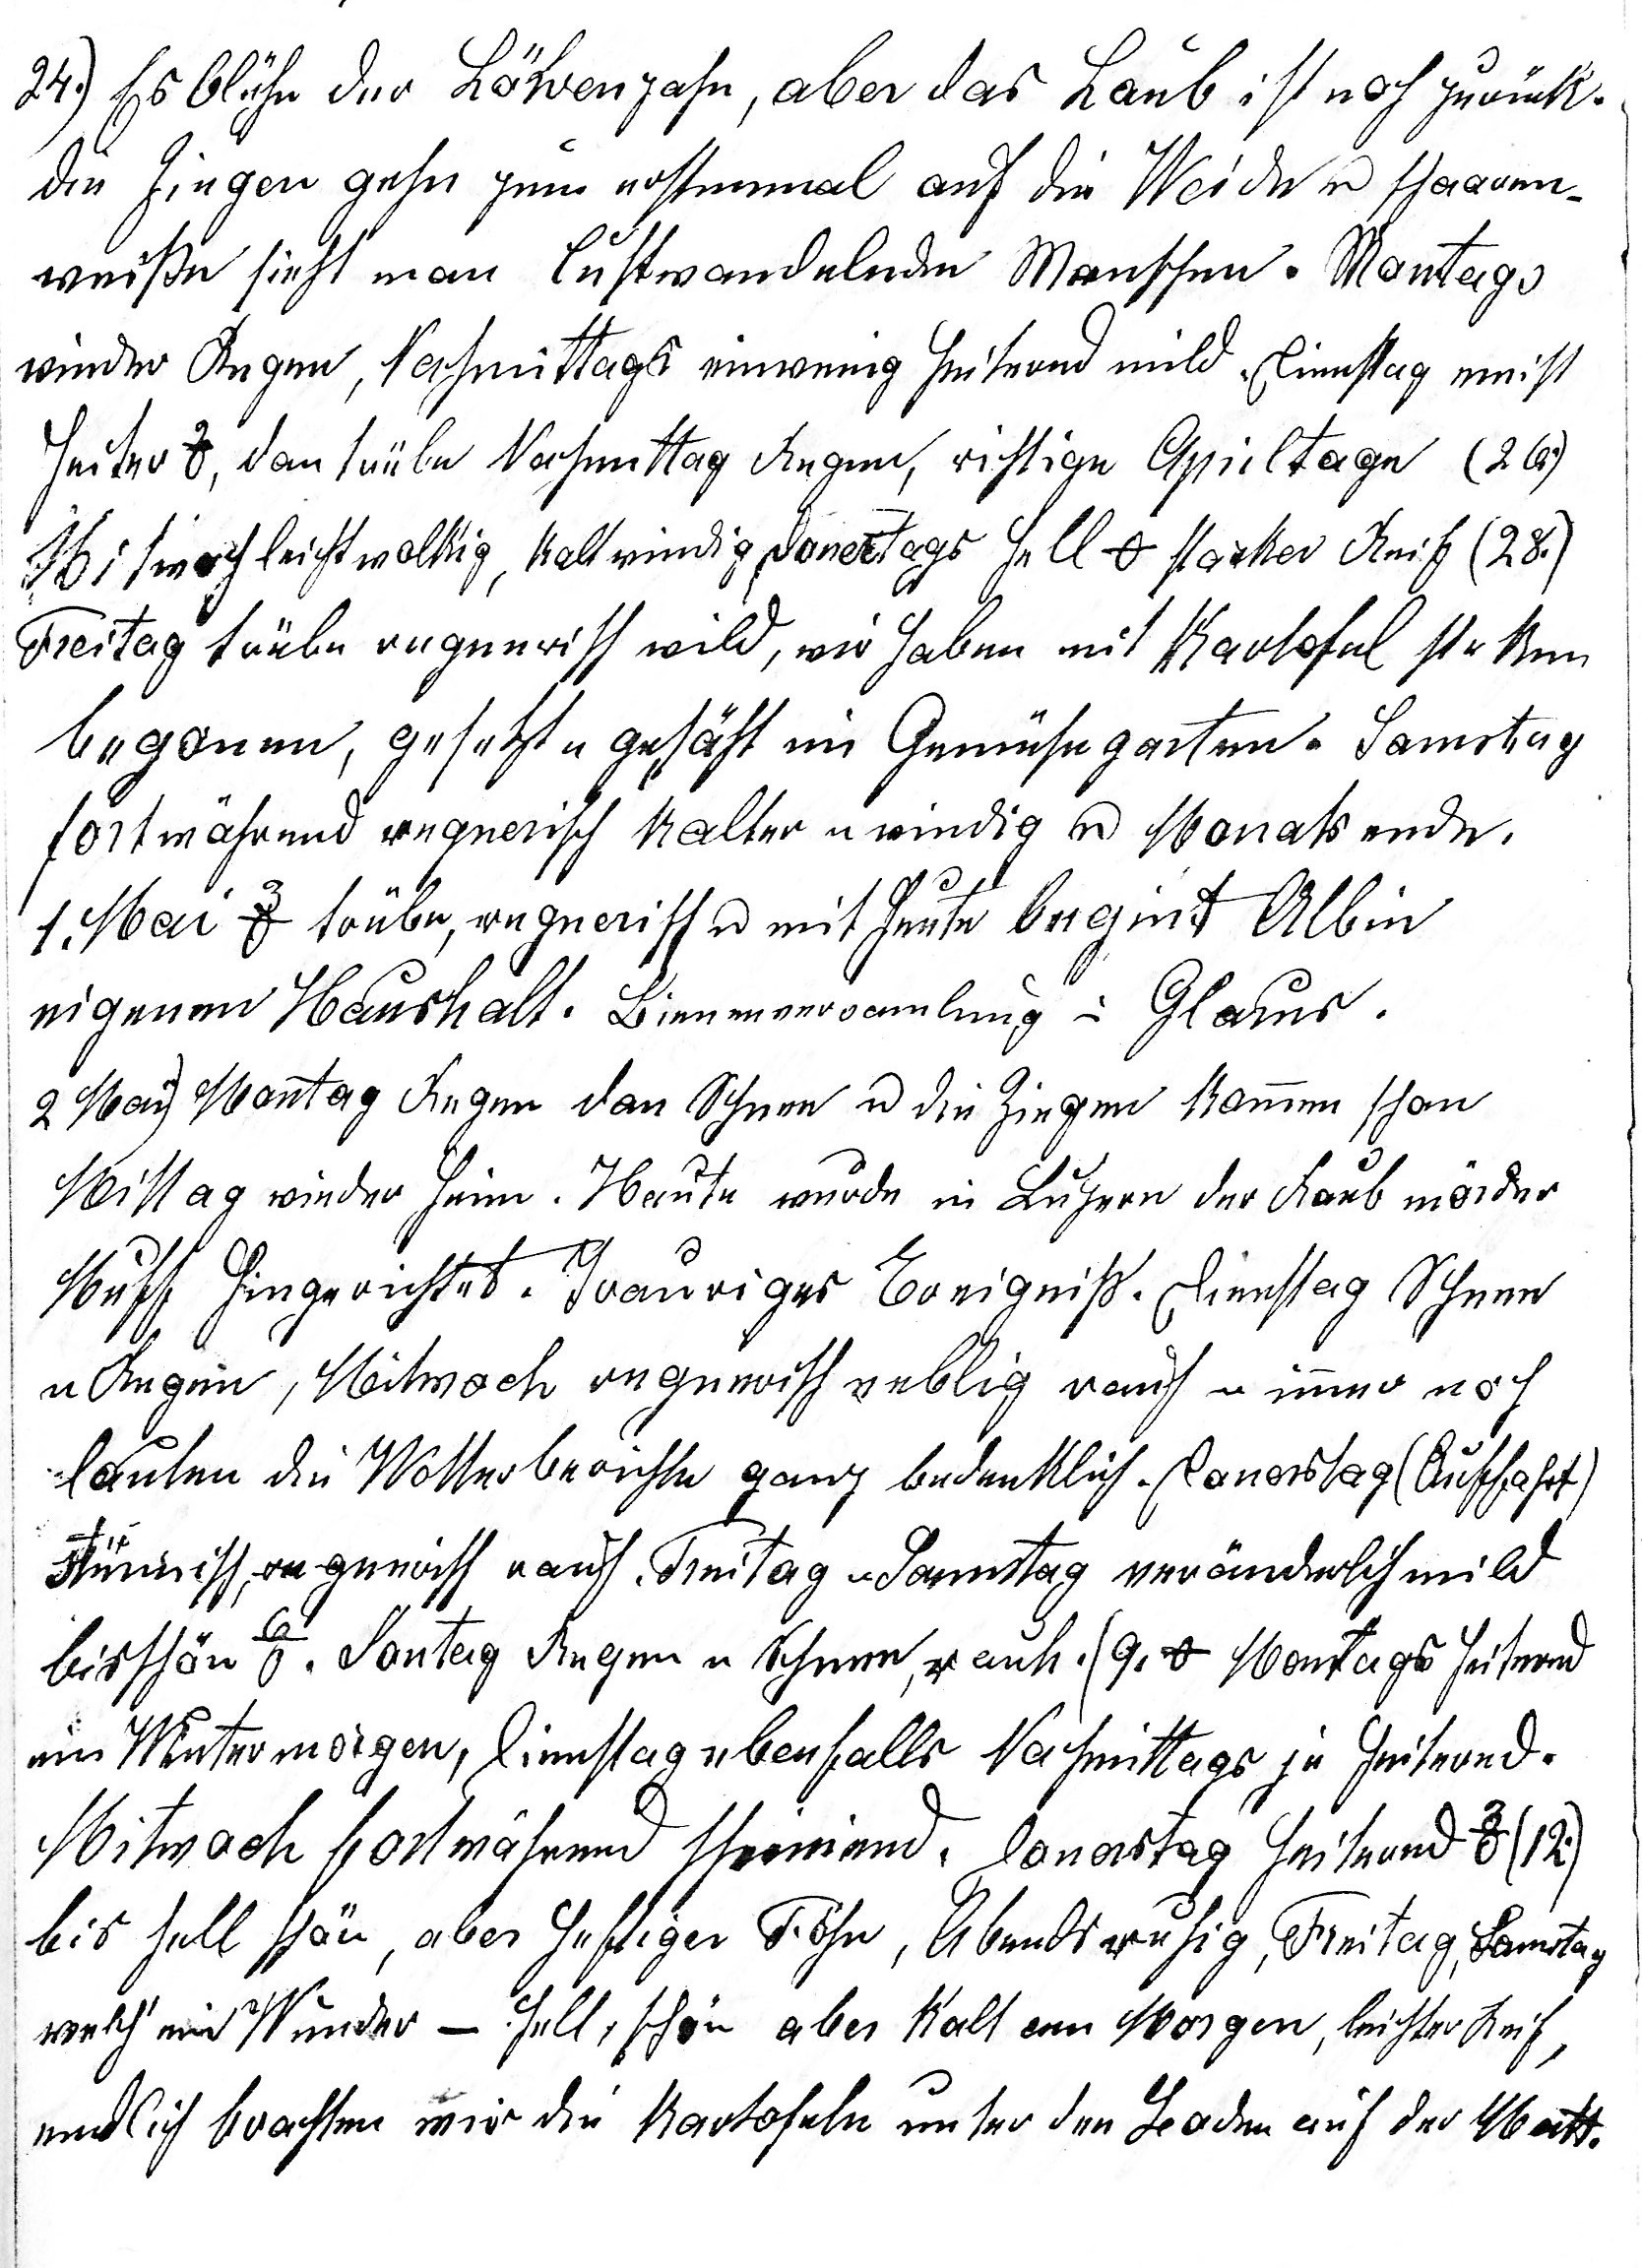
24. Es blühe der Löwenzahn, aber das Laub ist noch zurück.
Die Ziegen gehen zum erstenmal auf die Weide u schaaren
weisse sieht man lustwandelnde Menschen. Montags
wieder Regen, Nachmittags ein wenig heiternd mild, Dienstag meist
heiter 2o, dan trübe Nachmittag Regen, richtige Apriltage (26.)
           leicht wolkig, kalt windig                                   (28)
Freitag trübe regnerisch wild, wir haben mit Kartofel steken
begonnen, gesetzt u gesäht im Gemüsegarten. Samstag
fortwährend regnerisch kalter u windig u Monatsende.
1. Mai 3o trübe, regnerisch u mit heute begint Albin
eigenen Haushalt. Bienenversammlung in Glarus.
2. Mai Montag Regen dan Schnee u die Ziegen kommen schon
Mittag wieder heim. Heute wurde in Luzern der Raubmörder
Muff hingerichtet. Trauriges Ereigniss. Dienstag, Schnee
u Regen, Mitwoch regnerisch neblig rauh u immer noch
lauten die Wetterberichte ganz bedenklich. Donerstag (Auffahrt)
stürmisch, regnerisch rauh. Freitag u Samstag veränderlich mild
bis schön 6o. Sontag Regen u Schnee, rauh. 9o Montags heiternd
ein Wintermorgen, Dienstag ebenfalls. Nachmittags je heiternd.
Mitwoch fortwährend schneiend. Donerstag heiternd 3o (12.)
bis hell schön, aber heftiger Föhn, Abends ruhig, Freitag, Samstag
welch ein Wunder hell, schön aber kalt am Morgen, leichter Reif,
endlich brachten wir die Kartofeln unter den Boden auf der Matt.